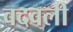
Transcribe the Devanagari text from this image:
वदवली